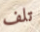
تلف